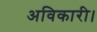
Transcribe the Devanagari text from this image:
अविकारी।